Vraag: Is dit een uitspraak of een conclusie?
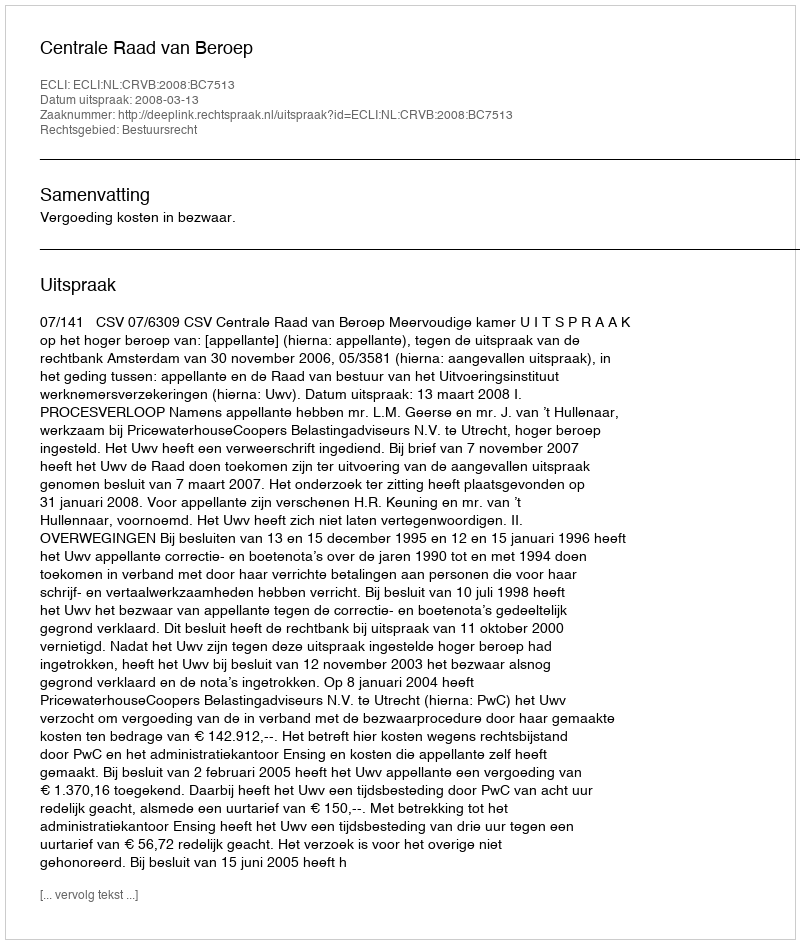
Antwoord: Uitspraak